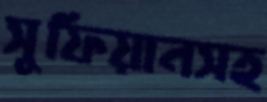
সুফিয়ানসহ